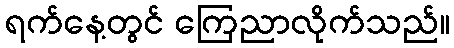
ရက်နေ့တွင် ကြေညာလိုက်သည်။